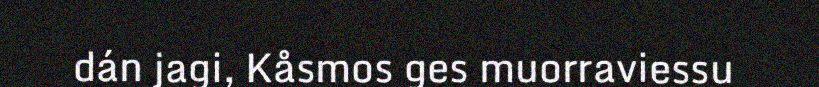
dán jagi, Kåsmos ges muorraviessu